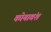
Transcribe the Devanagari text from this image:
कोयावंश